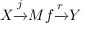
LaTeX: X { \xrightarrow { j } } M f { \xrightarrow { r } } Y